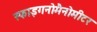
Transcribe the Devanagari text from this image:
स्फाइगनोमैनोमीटर